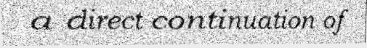
a direct continuation of